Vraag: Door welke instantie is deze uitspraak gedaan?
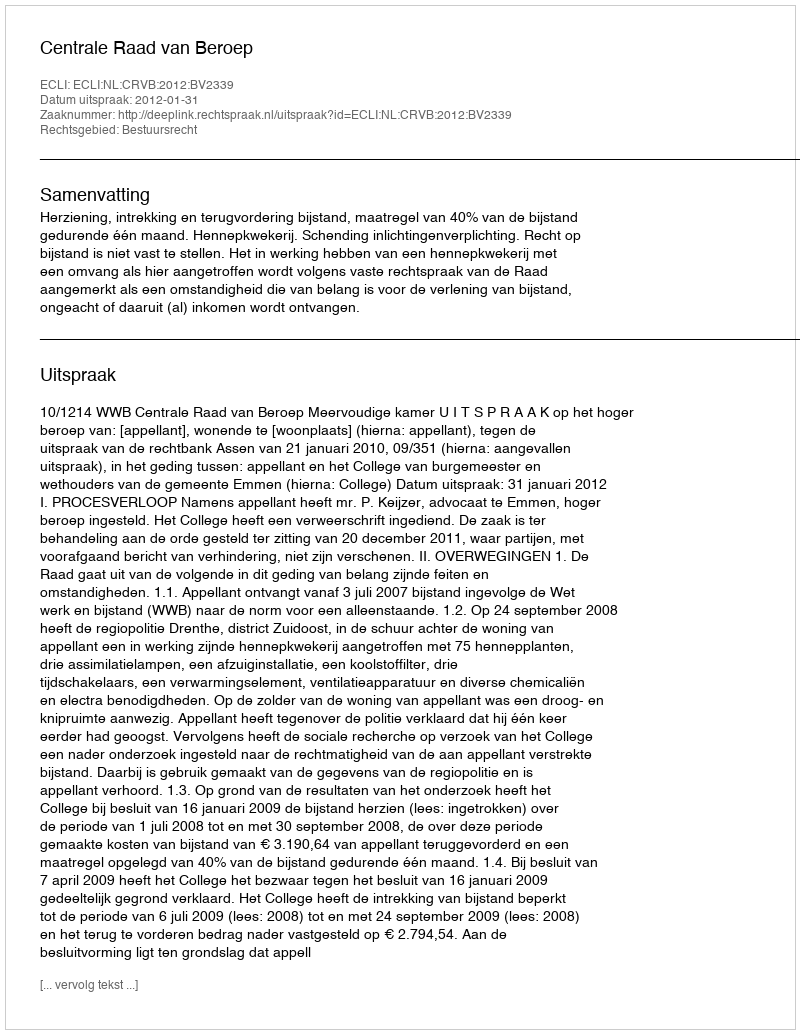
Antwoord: Centrale Raad van Beroep